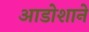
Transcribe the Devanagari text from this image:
आडोशाने